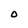
Character: O